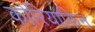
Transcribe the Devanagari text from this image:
कोरियाकिन